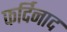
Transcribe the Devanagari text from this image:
फर्दिनाद